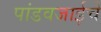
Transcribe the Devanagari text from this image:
पांडवजाईचे